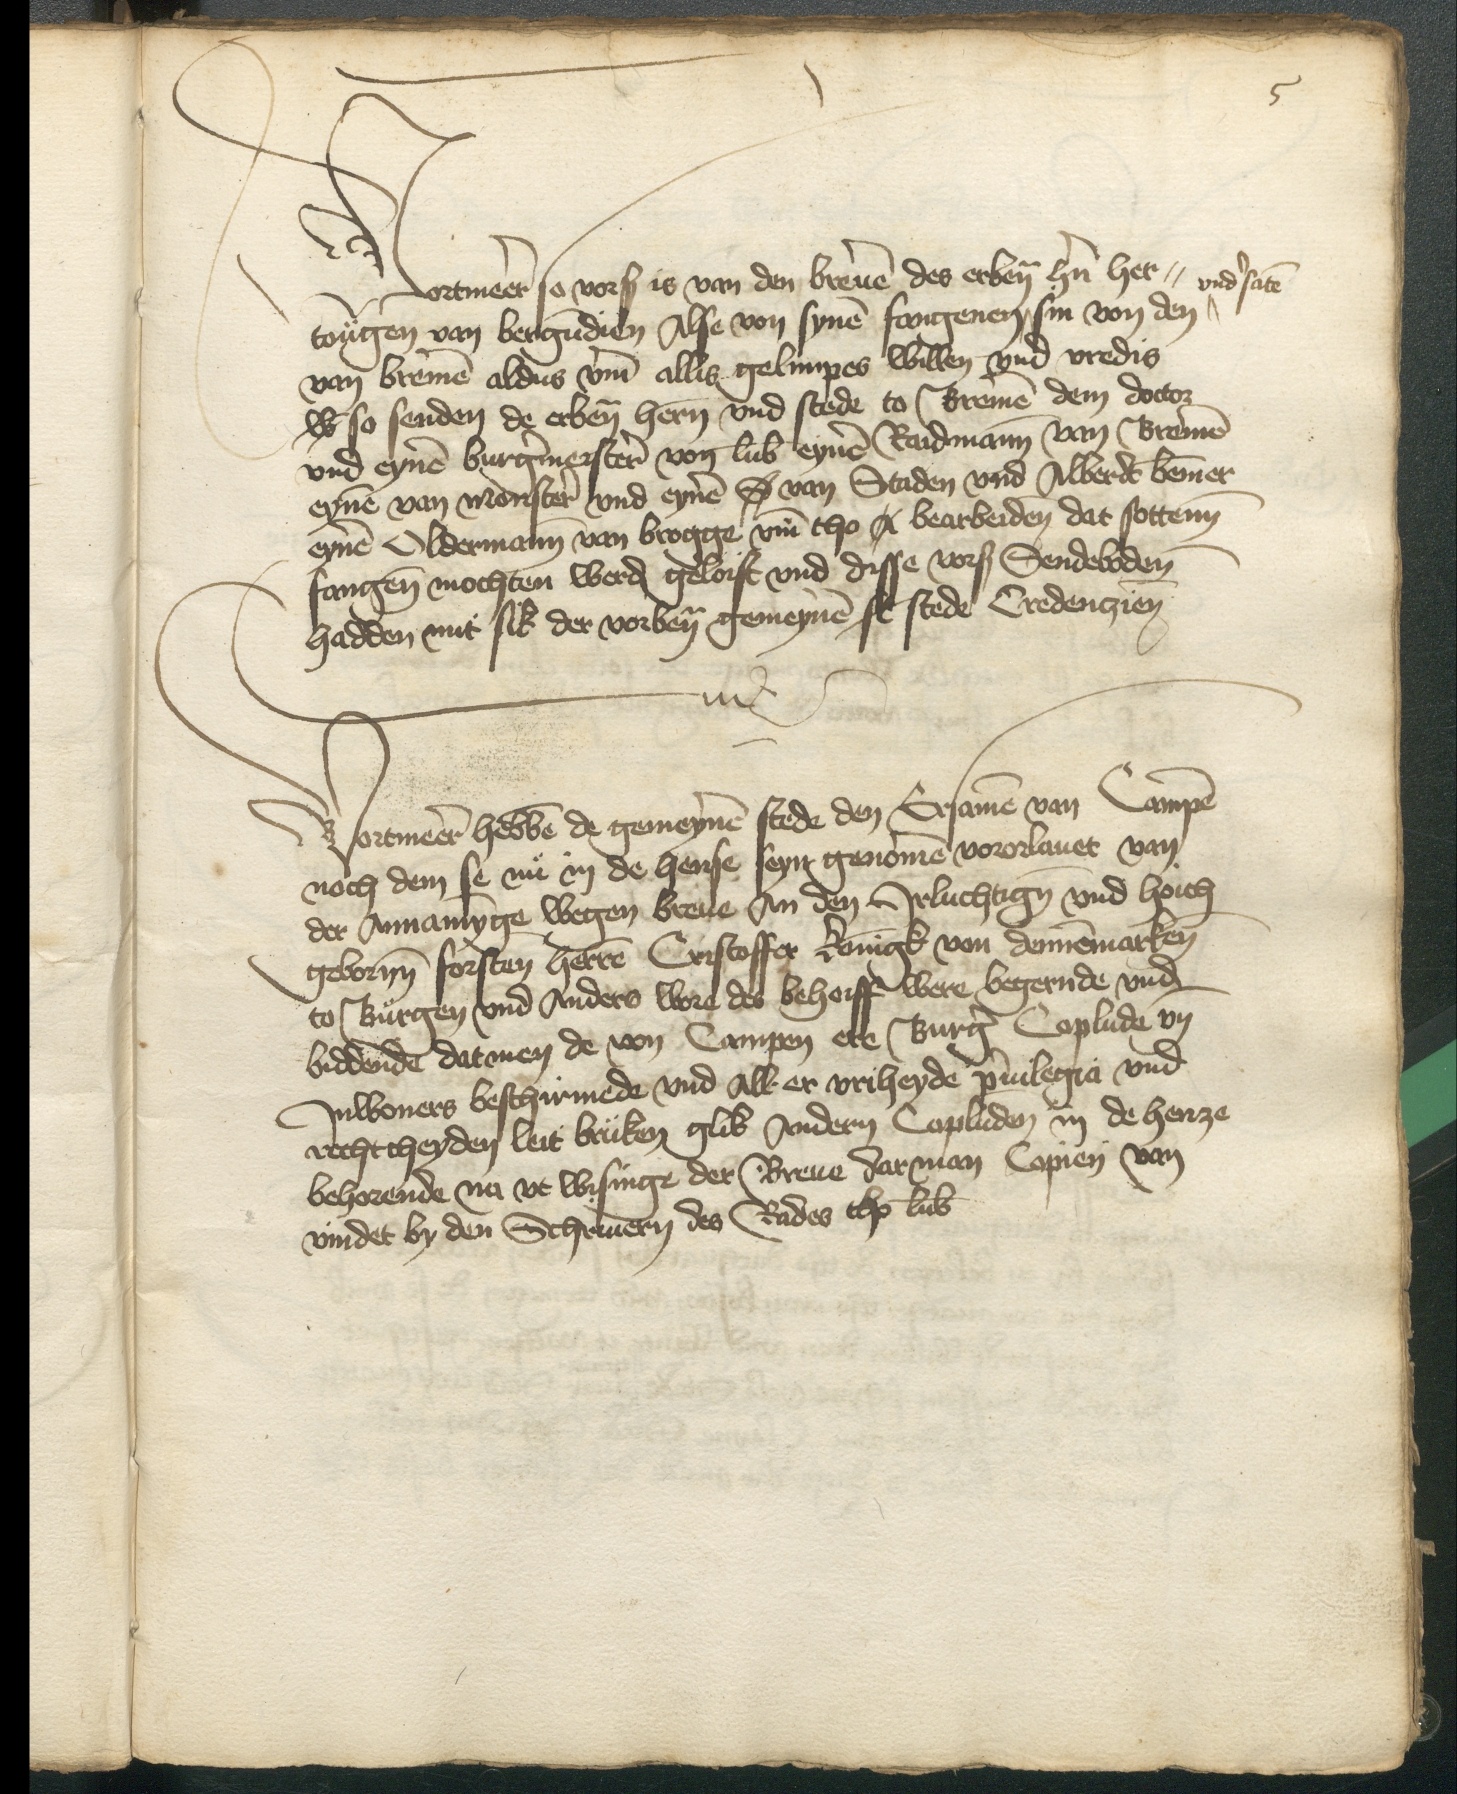
5

Vortmeer so vorscreuen is van den breuen des erbenomden hern her¬
^vndersaten
tougen van Bergundien Alse von synen fangenen ^ sin von den
van Bremen aldus vmme allis gelimpes willen vnd vredis
w so senden de erbenomeden hern vnd stede to Bremen dem doctor
vnd eynem burgermeister von Lubeke eynen Raidmann van Bremen
eynen van Monster vnd eynen S van Staden vnd Alberdt bemmer
eynen Oldermann van Brogge vmme tho X bearbeiden dat sottenn
fangen mochten werden geloist vnd disse vorscreuen Sendeboden
hadden mit sik der vorbenomeden gemeynen sc stede Credenczien

Vortmeer hebben de gemeynen stede den Ersamen van Campen
noch dem se nu in de hense seyn genomen vororlauet van
der Annamynge wegen breue An den Jrluchtigen vnd hoich
gebornn forsten herren Cristoffer koningk von Dennemarken
to Burgen vnd Anders wore des behoiff were begernde vnde
biddende datmen de von Campen ere Burger Coplude vnde
Jnwouers beschirmede vnd Aller vriheyde priuilegia vnd
rechticheyden leit bruken glik Andern Copluden in de henze
behorende na vt wisinge der Breue darman Copien van
vindet by den Schriuern des Rades tho Lubeck